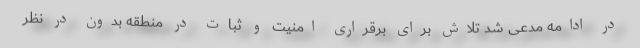
در ادامه مدعی شد تلاش برای برقراری امنیت و ثبات در منطقه بدون در نظر